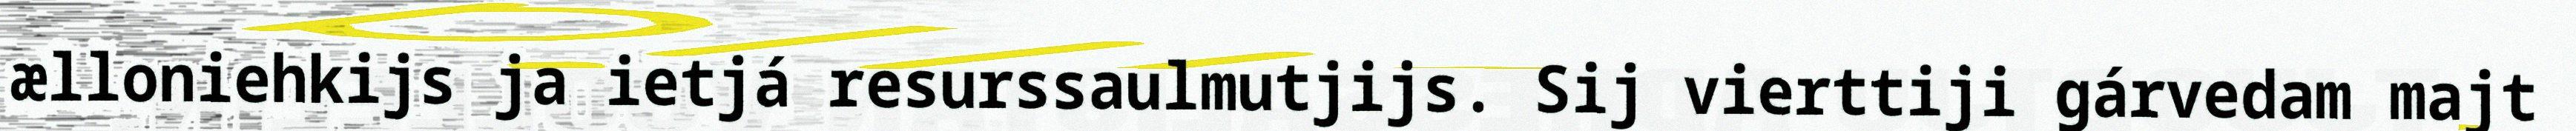
ælloniehkijs ja ietjá resurssaulmutjijs. Sij vierttiji gárvedam majt